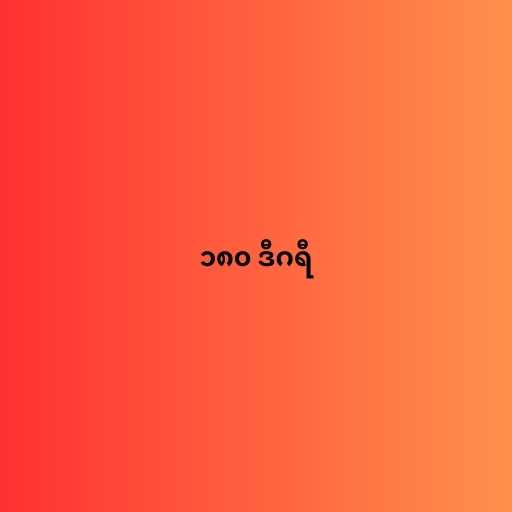
၁၈၀ ဒီဂရီ